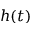
h ( t )